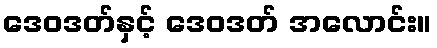
ဒေဝဒတ်နှင့် ဒေဝဒတ် အလောင်း။